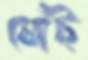
ঘোঁট্‌